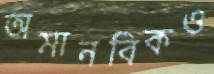
অমানবিকও